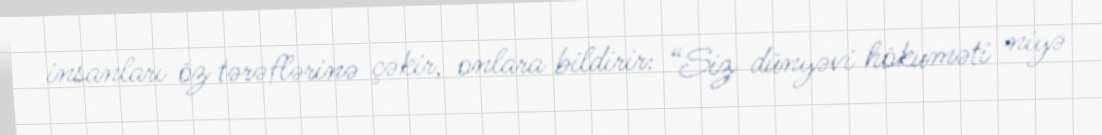
insanları öz tərəflərinə çəkir, onlara bildirir: “Siz dünyəvi hökuməti niyə